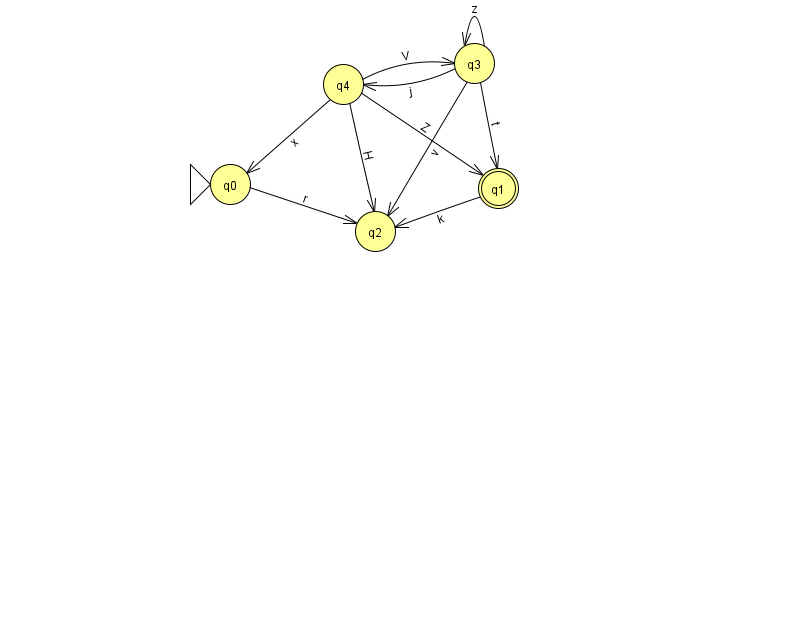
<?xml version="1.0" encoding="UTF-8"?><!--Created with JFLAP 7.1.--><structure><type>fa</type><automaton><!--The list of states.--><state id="0" name="q0"><x>230.0</x><y>171.0</y><initial/></state><state id="1" name="q1"><x>498.0</x><y>175.0</y><final/></state><state id="2" name="q2"><x>375.0</x><y>218.0</y></state><state id="3" name="q3"><x>474.0</x><y>50.0</y></state><state id="4" name="q4"><x>343.0</x><y>71.0</y></state><!--The list of transitions.--><transition><from>1</from><to>2</to><read>k</read></transition><transition><from>3</from><to>2</to><read>v</read></transition><transition><from>3</from><to>4</to><read>j</read></transition><transition><from>4</from><to>2</to><read>H</read></transition><transition><from>3</from><to>1</to><read>t</read></transition><transition><from>4</from><to>0</to><read>x</read></transition><transition><from>3</from><to>3</to><read>z</read></transition><transition><from>0</from><to>2</to><read>r</read></transition><transition><from>4</from><to>1</to><read>Z</read></transition><transition><from>4</from><to>3</to><read>V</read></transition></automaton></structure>